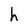
Character: h